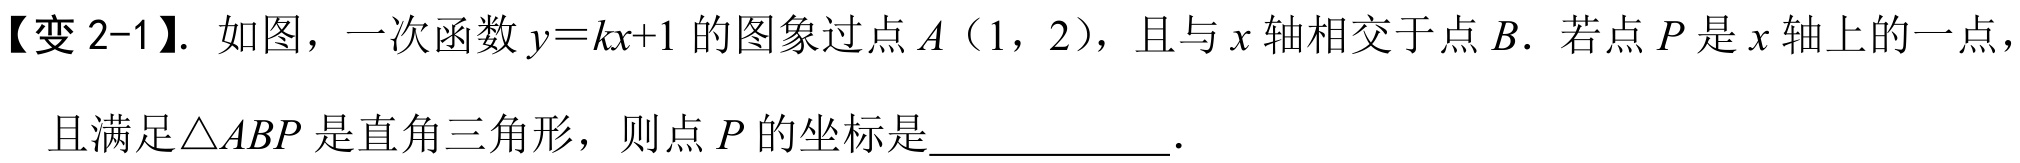
【变 2-1】. 如图，一次函数\(y = kx + 1\)的图象过点\(A（1,2）\)，且与\(x\)轴相交于点\(B\). 若点\(P\)是\(x\)轴上的一点，且满足\(\triangle ABP\)是直角三角形，则点\(P\)的坐标是  ．